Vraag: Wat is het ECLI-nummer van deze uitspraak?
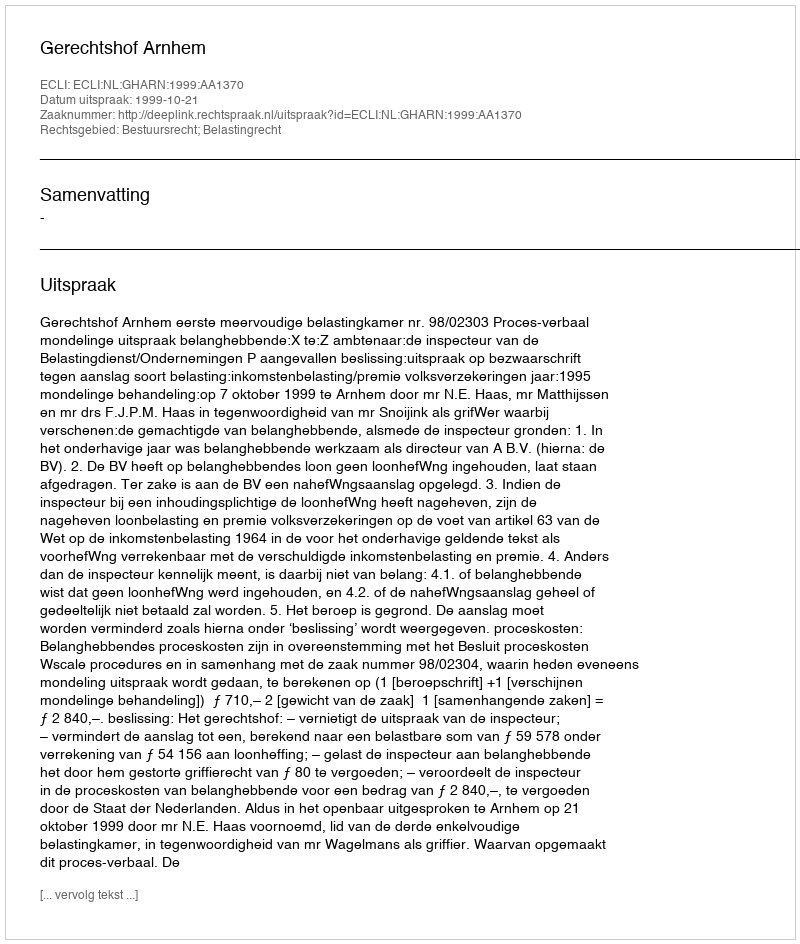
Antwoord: ECLI:NL:GHARN:1999:AA1370